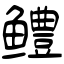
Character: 鳢